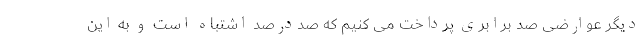
دیگر عوارضی صد برابری پرداخت می کنیم که صددرصد اشتباه است و به این